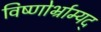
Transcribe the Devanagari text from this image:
विष्णोर्भ्राम्यद्